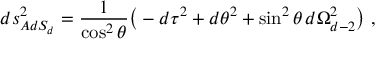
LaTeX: d s _ { A d S _ { d } } ^ { 2 } = { \frac { 1 } { \cos ^ { 2 } \theta } } \big ( - d \tau ^ { 2 } + d \theta ^ { 2 } + \sin ^ { 2 } \theta \, d \Omega _ { d - 2 } ^ { 2 } \big ) \ ,